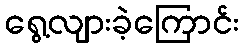
ရွေ့လျားခဲ့ကြောင်း